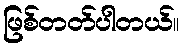
ဖြစ်တတ်ပါတယ်။